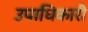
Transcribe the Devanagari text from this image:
उपाधिकारी